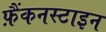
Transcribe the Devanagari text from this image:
फ़ैंकनस्टाइन